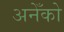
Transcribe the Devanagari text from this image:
अनेँको